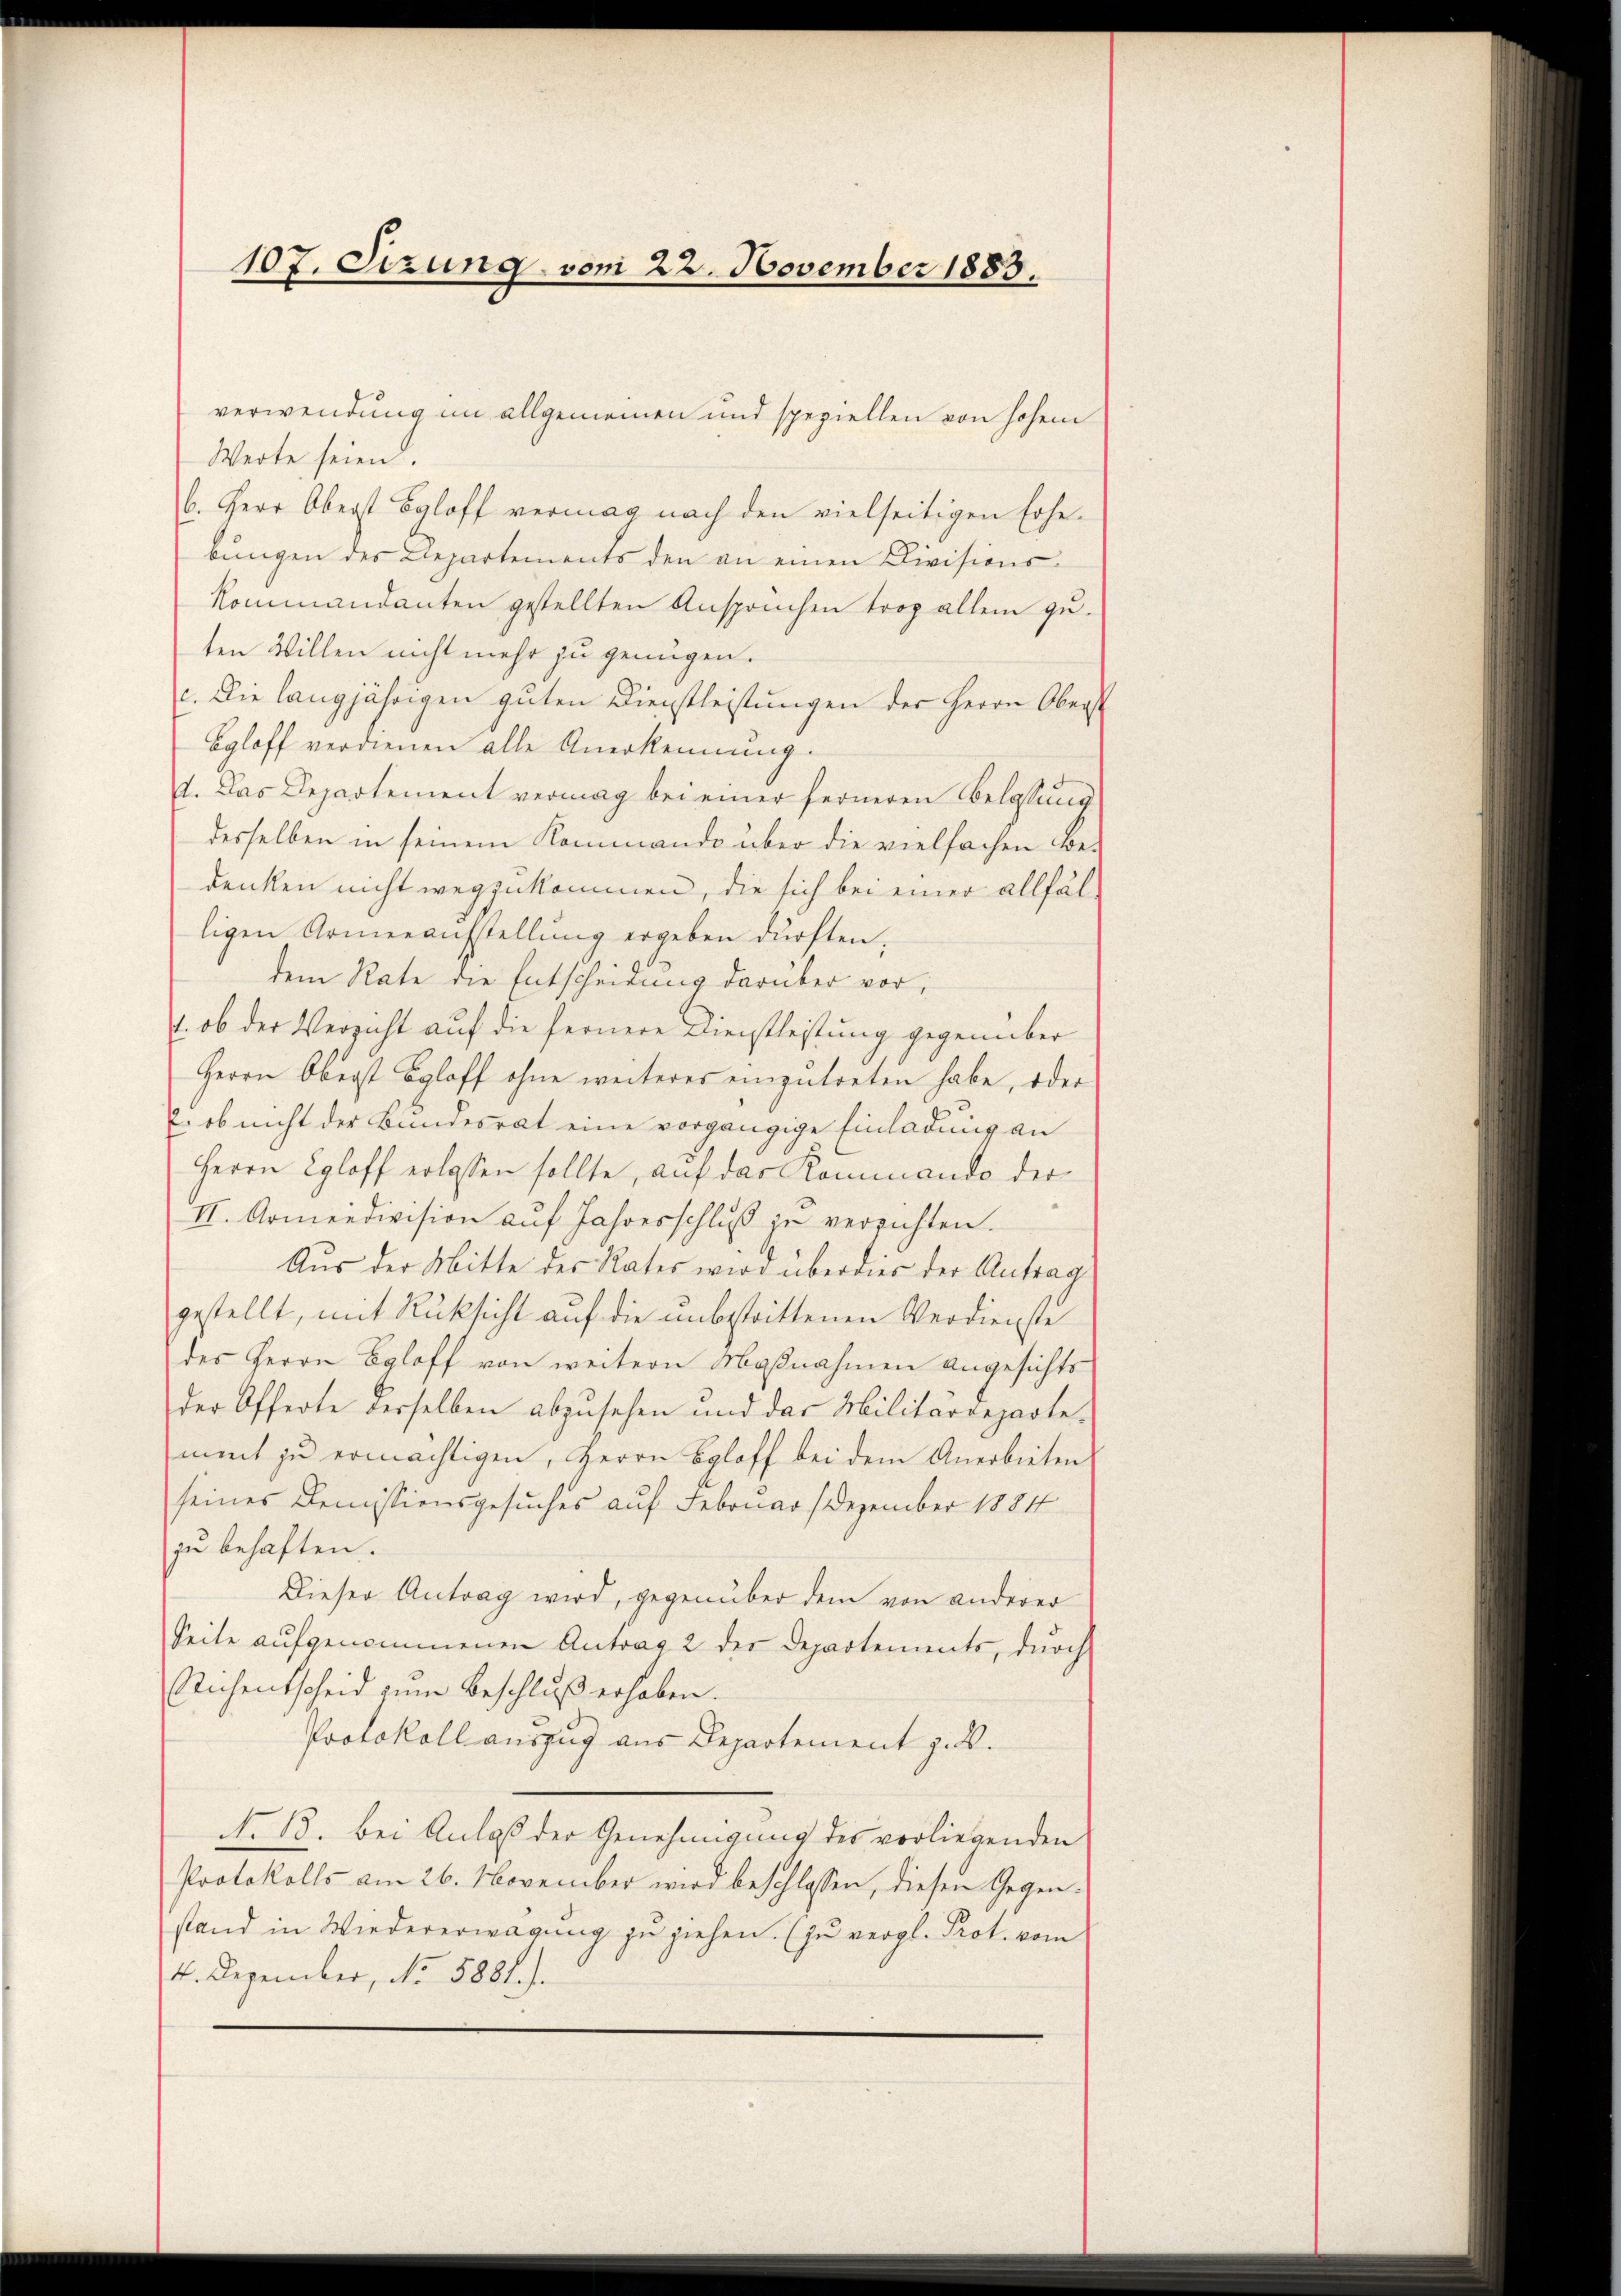
107. Sezung vom 23. November 1883.

Werte seien.
b. Herr Oberst Egloff vermag nach den vielseitigen Erhebungen des Liepartements den an einen Divisions¬
Kommandanten gestellten Ansprüchen trop allein guten Willen nicht mehr zu genügen.
c. Die langjährigen guten Dienstleistungen der Herrn Ober
Bgloff verdienen alle Anerkennung.
1. Das Departement vermag bei einer ferneren Belassung
desselben in seinem Kommando über die vielfachen Be-
denken nicht wegzukommen, die sich bei einer allfälligen Armenaufstellung ergeben dürften.
dem Rate die Entscheinung darüber vor,
1. ob der Verzicht auf die fernere Dienstleistung gegenüber
Herrn Oberst Egloff ohne weiteres einzutreten habe, oder
2. ob nicht der Bundesrat eine vorgängige Einladung an
Herrn Egloff erlassen sollte, auf das Kommando der
II. Armeedivision auf Jahresschluß zu verrichten.
Aus der Mitte der Rates wird überdies der Antrag
gestellt, mit Rüksicht auf die unbestrittenen Verdienste
des Herrn Egloff von weitern Maßnahmen angesichts
der Offerte derselben abzusehen und das Militärdeparte-
ment zu ermächtigen, Herrn Egloff bei dem Anerbieten
seines Demissionsgesuches auf Februar Dezember 1884
zu behaften.
Dieser Antrag wird, gegenüber dem von anderer
Seite aufgenommenen Antrag 2 der Departements, durch
Sichentscheid zum Beschluß erhoben.
Protokoll auszug aus Departement z. B.
No. 13. bei Anlaß der Genehmigung des vorliegenden
Protokolls am 26. November wird beschlossen, diesen Gegenstand in Wiedererwägung zu ziehen. (zu vergl. Prot. vom
4. Dezember, No. 5881.).

verwendung im allgemeinen und speziellen von hohem